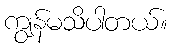
ကျွန်မသိပါတယ်။